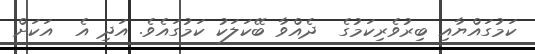
ކަމުގައްޔާއި ބިރުވެރިކަމުގެ  ދެއްވާ ބޭކަލަކު ކަމުގައެވެ. އަދި އެ  އަކަށް